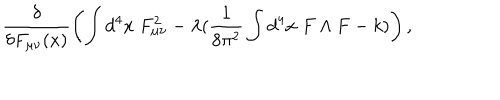
\frac { \delta } { \delta F _ { \mu \nu } ( x ) } \left( \int d ^ { 4 } x \; F _ { \mu \nu } ^ { 2 } - \lambda ( \frac { 1 } { 8 \pi ^ { 2 } } \int d ^ { 4 } x \; F \wedge F - k ) \right) ,